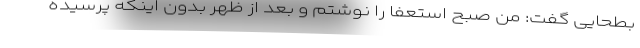
بطحایی گفت: من صبح استعفا را نوشتم و بعد از ظهر بدون اینکه پرسیده